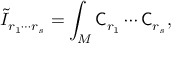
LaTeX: \tilde { I } _ { r _ { 1 } \cdots r _ { s } } = \int _ { M } { \sf C } _ { r _ { 1 } } \cdots { \sf C } _ { r _ { s } } ,